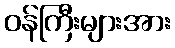
ဝန်ကြီးများအား